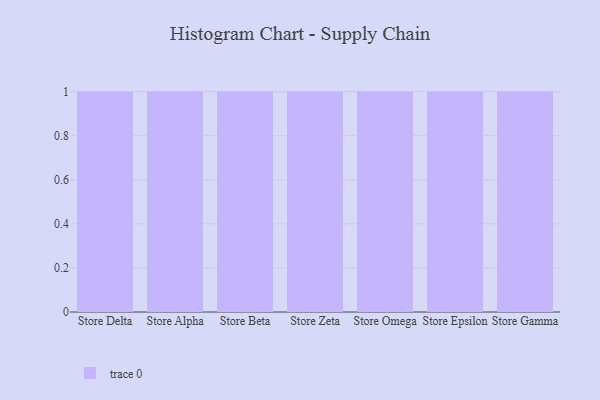
{"axis": {"x": "Store", "y": "Waste Production (Tons)"}, "legend": [""], "data": [{"x": "Store Delta", "y": 88, "type": ""}, {"x": "Store Alpha", "y": 64, "type": ""}, {"x": "Store Beta", "y": 39, "type": ""}, {"x": "Store Zeta", "y": 32, "type": ""}, {"x": "Store Omega", "y": 51, "type": ""}, {"x": "Store Epsilon", "y": 81, "type": ""}, {"x": "Store Gamma", "y": 42, "type": ""}]}